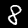
Digit: 8